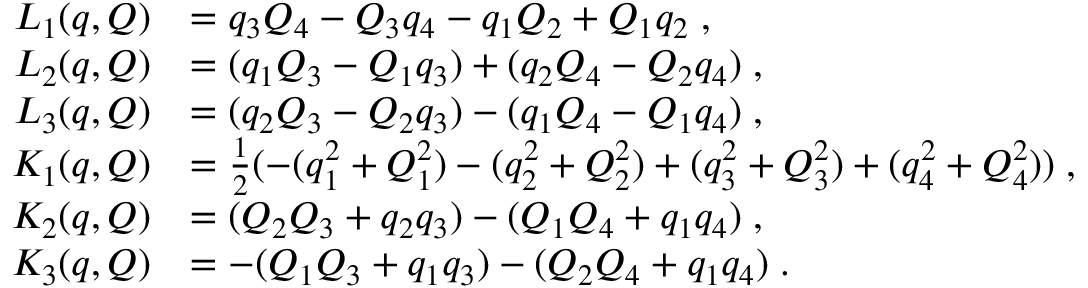
\begin{array} { r l } { L _ { 1 } ( q , Q ) } & { = q _ { 3 } Q _ { 4 } - Q _ { 3 } q _ { 4 } - q _ { 1 } Q _ { 2 } + Q _ { 1 } q _ { 2 } \; , } \\ { L _ { 2 } ( q , Q ) } & { = ( q _ { 1 } Q _ { 3 } - Q _ { 1 } q _ { 3 } ) + ( q _ { 2 } Q _ { 4 } - Q _ { 2 } q _ { 4 } ) \; , } \\ { L _ { 3 } ( q , Q ) } & { = ( q _ { 2 } Q _ { 3 } - Q _ { 2 } q _ { 3 } ) - ( q _ { 1 } Q _ { 4 } - Q _ { 1 } q _ { 4 } ) \; , } \\ { K _ { 1 } ( q , Q ) } & { = \frac { 1 } { 2 } ( - ( q _ { 1 } ^ { 2 } + Q _ { 1 } ^ { 2 } ) - ( q _ { 2 } ^ { 2 } + Q _ { 2 } ^ { 2 } ) + ( q _ { 3 } ^ { 2 } + Q _ { 3 } ^ { 2 } ) + ( q _ { 4 } ^ { 2 } + Q _ { 4 } ^ { 2 } ) ) \; , } \\ { K _ { 2 } ( q , Q ) } & { = ( Q _ { 2 } Q _ { 3 } + q _ { 2 } q _ { 3 } ) - ( Q _ { 1 } Q _ { 4 } + q _ { 1 } q _ { 4 } ) \; , } \\ { K _ { 3 } ( q , Q ) } & { = - ( Q _ { 1 } Q _ { 3 } + q _ { 1 } q _ { 3 } ) - ( Q _ { 2 } Q _ { 4 } + q _ { 1 } q _ { 4 } ) \; . } \end{array}